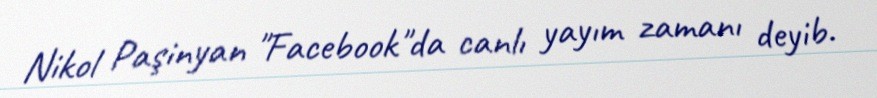
Nikol Paşinyan "Facebook"da canlı yayım zamanı deyib.